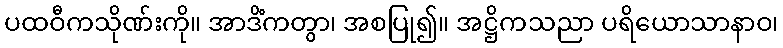
ပထဝီကသိုဏ်းကို။ အာဒိံကတွာ၊ အစပြု၍။ အဋ္ဌိကသညာ ပရိယောသာနာဝ၊